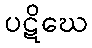
ပဋိဃေ